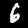
Label: 6